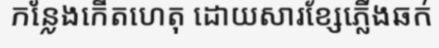
កន្លែងកើតហេតុ ដោយសារខ្សែភ្លើងឆក់